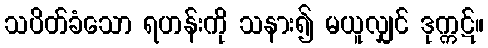
သပိတ်ခံသော ရဟန်းကို သနား၍ မယူလျှင် ဒုက္ကဋ်။